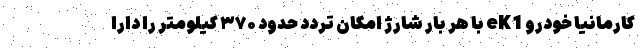
کارمانیا خودرو eK1 با هر بار شارژ امکان تردد حدود ۳۷۰ کیلومتر را دارا